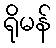
ရိုမန်